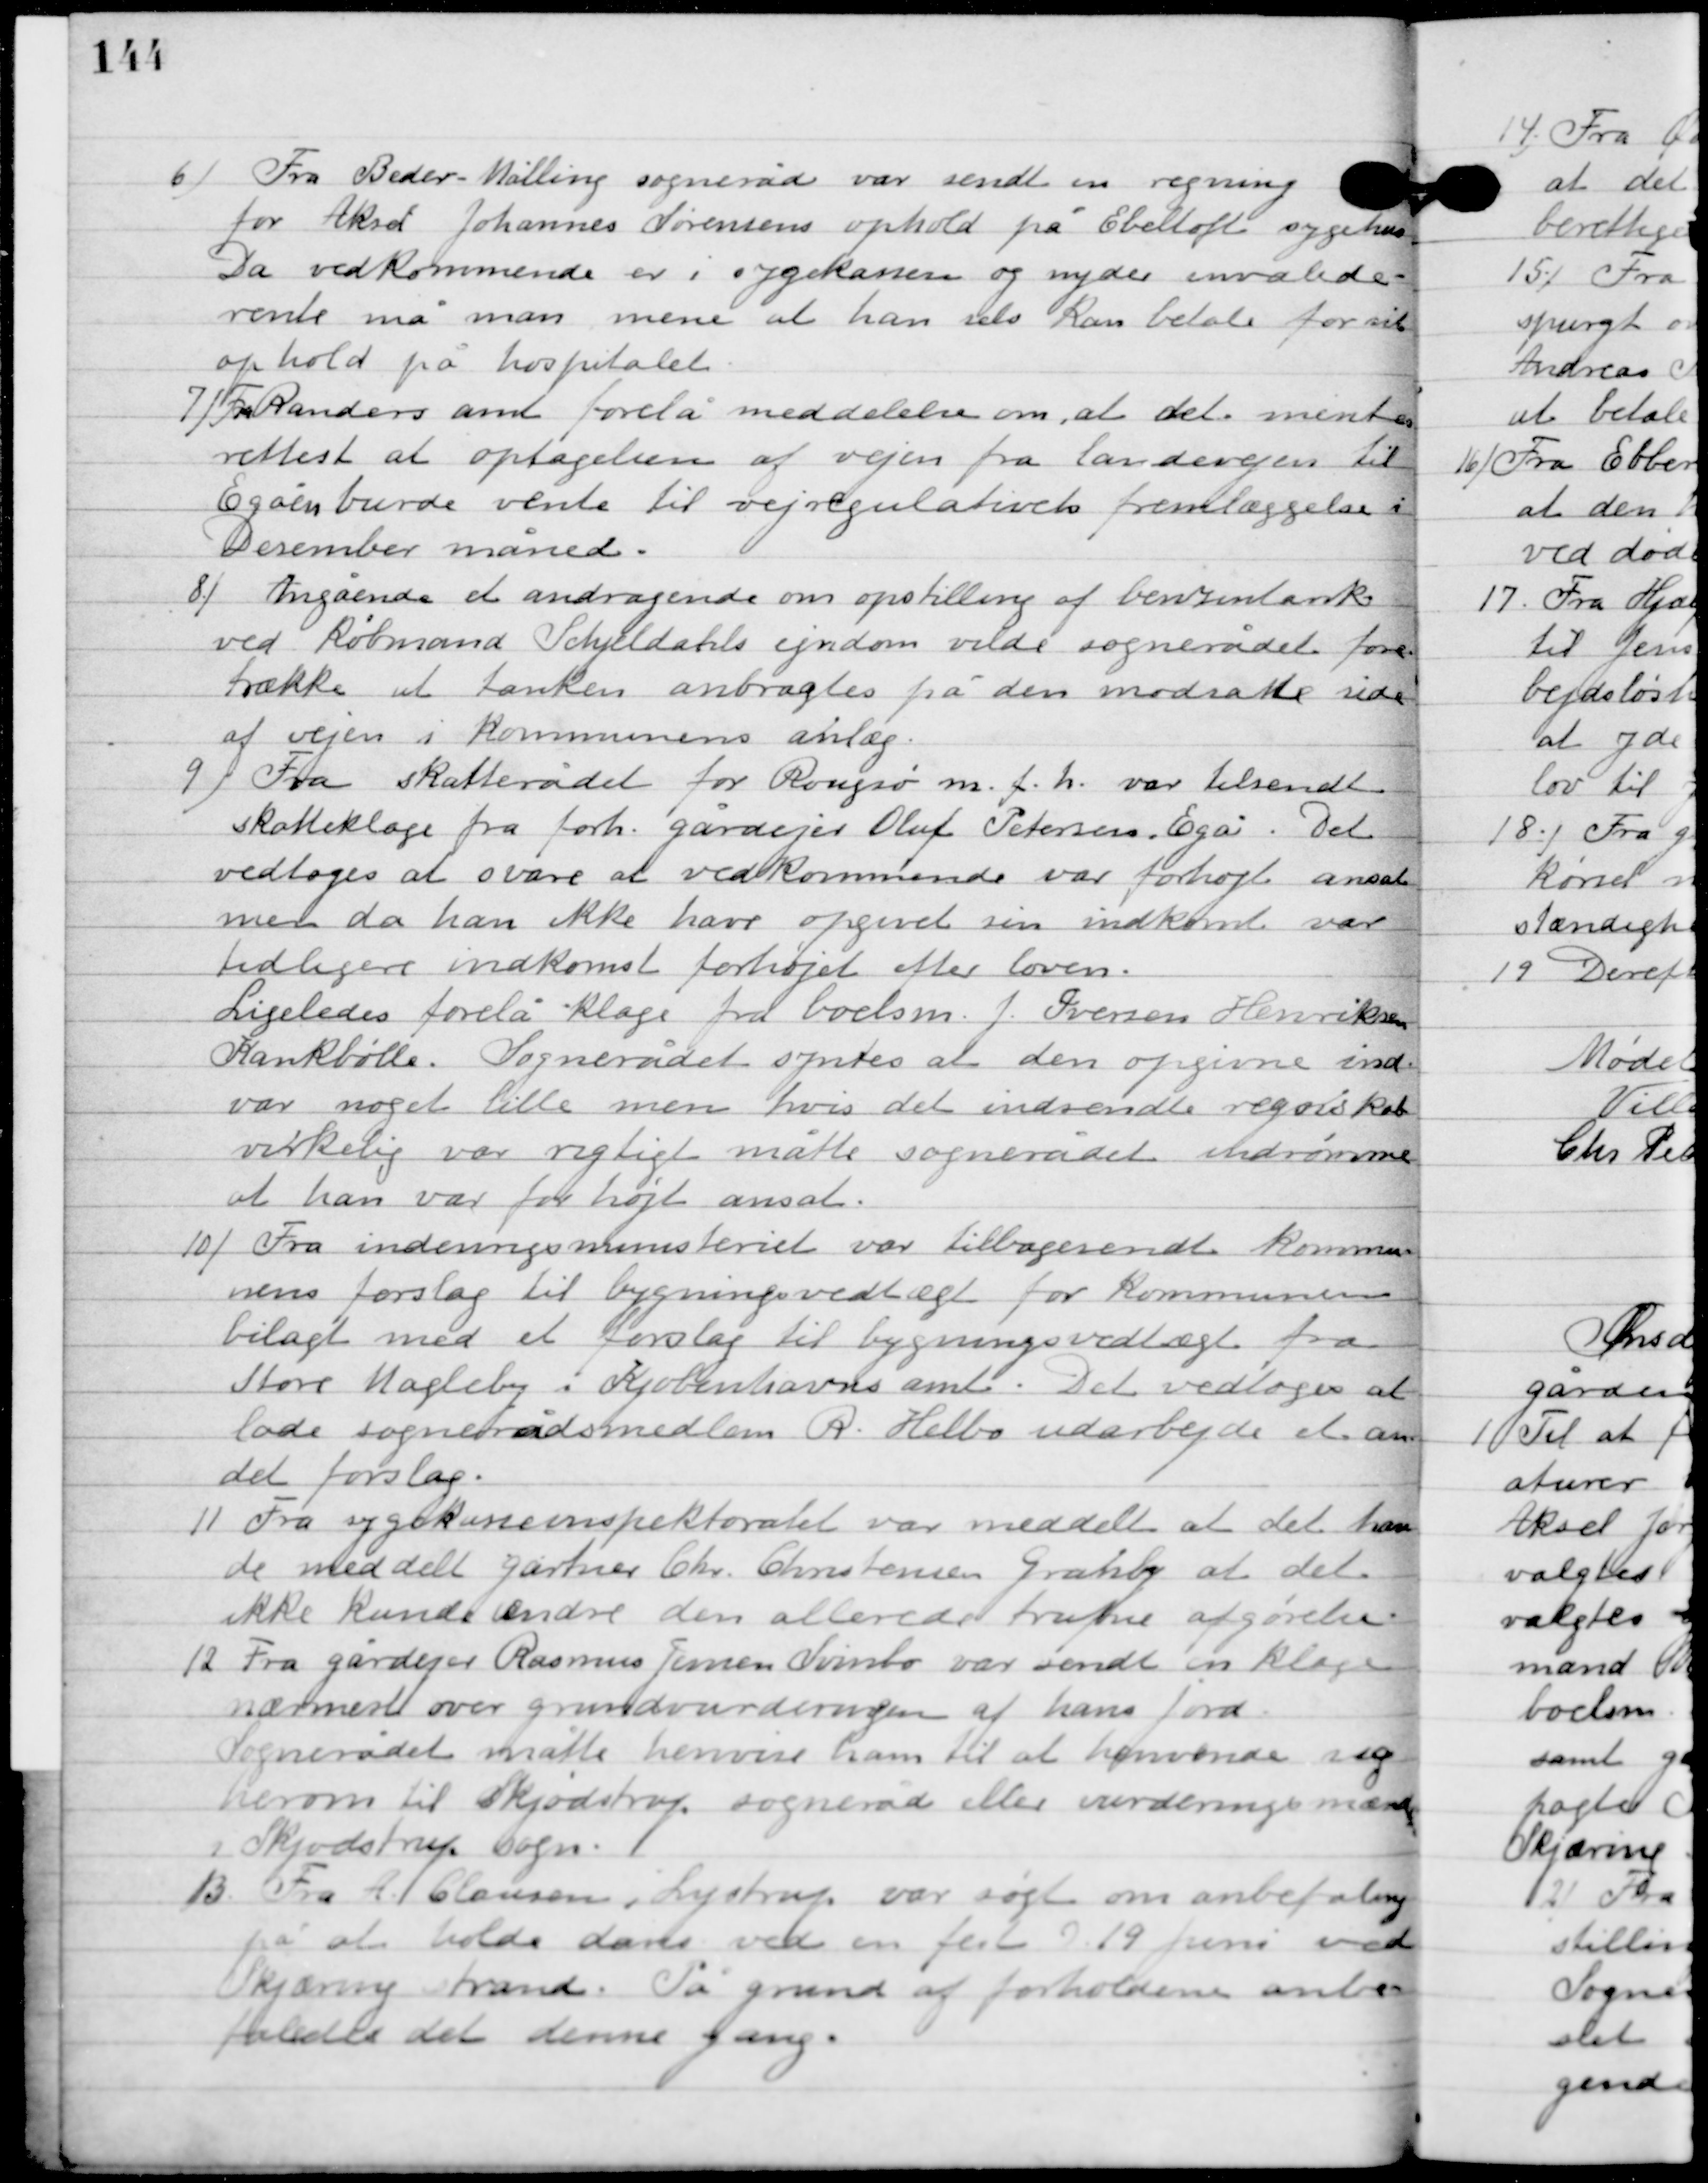
Transskription:
6

Fra Beder-Malling sogneråd var sendt en regning
for Aksel Johannes Sørens ophold på Ebeltoft sygehus.
Da vedkommende er i sygekassen og nyder invalide-
rente må man mene at han selv kan betale for sit
ophold på hospitalet.

7

Fra Randers amt forelå meddelelse om, at det mentes
rettest at optagelsen af vejen fra landevejen til
Egåen burde vente til vejregulativet fremlæggelse i
December måned.

8

Angående et andragende om opstilling af benzintanke
ved Købmand Schjeldahls ejendom vilde sognerådet fore-
trækker at tanken anbragtes på den modsatte side
af vejen i Kommunens anlæg.

9

Fra skatterådet for Rougsø m. f. h. var tilsendt
skatteklage fra forh. Gårdejer Oluf Petersen, Egå. Det
vedtoges at svare at vedkommende var forhøjt ansat
men da an ikke havde opgivet sin indkomst var
tidligere indkomst forhøjet efter loven.
Ligeledes forelå klage fra boelsm. J. Iversen Henriksen
Krankbølle. Sognerådet syntes at den opgivne indkomst
var noget lille men hvis det indsendte regnskab
virkelig var rigtigt måtte sognerådet indrømme
at han var for højt ansat.

10

Fra indenrigsministeriet var tilbagesendt kommu-
nens forslag til bygningsvedtægt for kommunens
bilagt med et forslag til bygningsvedtægt fra
Store Magleby i Kjøbenhavns amt. Det vedtoges at
lade sognerådsmedlem R. Helbo udarbejde et an-
det forslag.

11

Fra sygekasseinspektoratet var meddelt at det hav-
de meddelt gartner Chr. Christensen Granly at det
ikke kunde ændre den allerede trufne afgørelse.

12

Fra gårdejer Rasmus Jensen Svinbo var sendt en klage
nærmest over grundvurderingen af hans jord.
Sognerådet måtte henvise ham til at henvende sig
herom til Skjødstrup sogneråd eller vurderingsnævnet
i Skjødstrup sogn.

13

Fra A. Clausen, Lystrup var søgt om anbefaling
på at holde dans ved en fest D. 19. Juni ved
Skjæring strand. På grund af forholdene anbe-
faledes det denne gang.